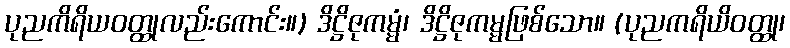
ပုညကိရိယဝတ္ထုလည်းကောင်း။) ဒိဋ္ဌိဇုကမ္မံ၊ ဒိဋ္ဌိဇုကမ္မဖြစ်သော။ (ပုညကရိယိဝတ္ထု၊